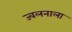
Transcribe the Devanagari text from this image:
ज्वलनाला